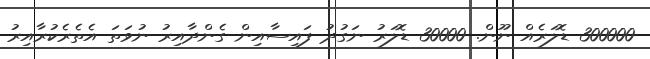
300000 ޑޮލަރެެއް ނޫން. 30000 ޑޮލަރު ނަގުދު ފައިސާއިން ގެންދާއިރު ނުވަތަ އެތެރެކުރާއިރު